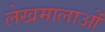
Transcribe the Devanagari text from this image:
लेखमालाओं